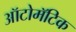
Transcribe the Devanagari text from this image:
ऑटोमॅटिक